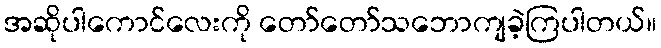
အဆိုပါကောင်လေးကို တော်တော်သဘောကျခဲ့ကြပါတယ်။